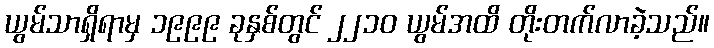
ယွမ်သာရှိရာမှ ၁၉၉၉ ခုနှစ်တွင် ၂၂၁၀ ယွမ်အထိ တိုးတက်လာခဲ့သည်။